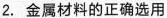
2.金属材料的正确选用